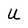
Character: U